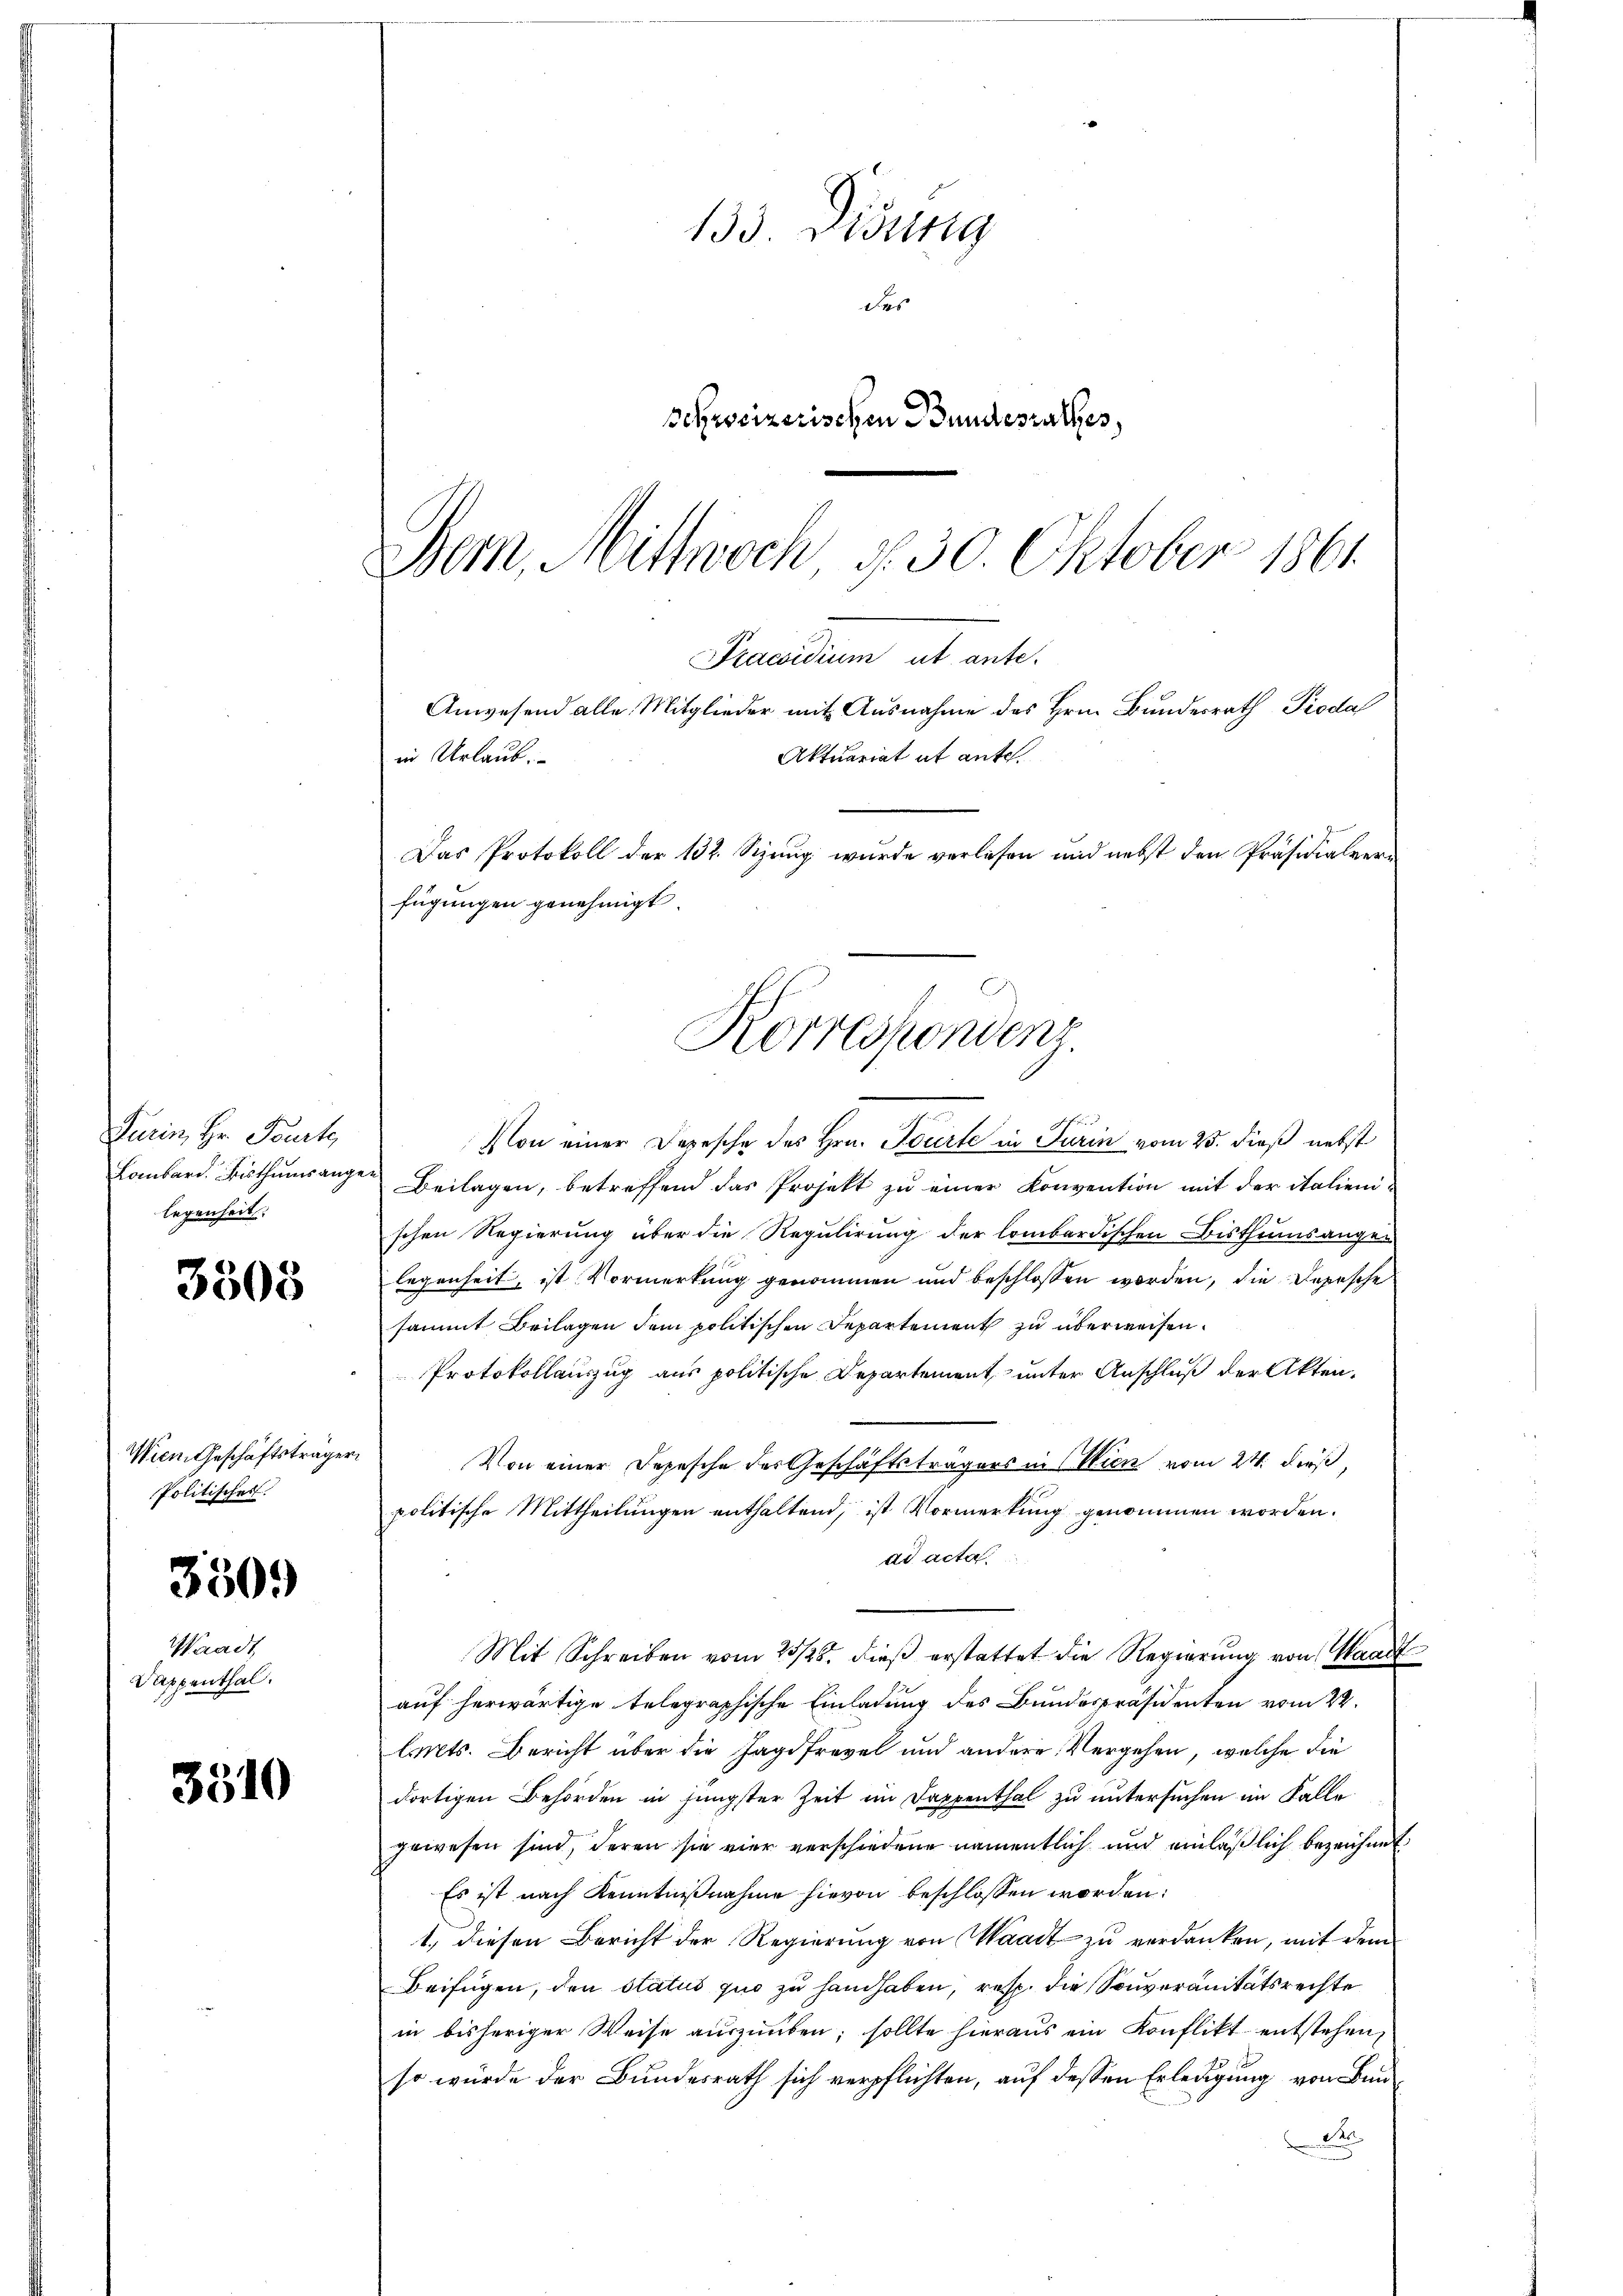
3505

Wien Geschäftsträger
Politisches.

3509

Waadt
Wappenthal.

3510

133. Disung
des
schweizerischen Bundesrathes,
Bern, Mittwoch, d. 30. Oktober 1861.

Praesidium ut ante.
Anwesend alle Mitglieder mit Ausnahme des Hrn. Bundesrath Pioda
in Urlaub.
Aktuariat ab ante.
Das Protokoll der 132. Sizung wurde verlesen und nebst den Präsidialverfügungen genehmigt.
Korrespondenz

Durin, Hr. Tourte
Lombard. Bisthumsangelegenheit.

Von einer Depesche des Hrn. Beierte in Turin vom 25. dieß nebst
Beilagen, betreffend das Projekt zu einer Konvention mit der italieni-
schen Regierung über die Regulirung der lombardischen Bisthumsangen
legenheit, ist Vormerkung genommen und beschlossen worden, die Depesche
sammt Beilagen dem politischen Departement zu überweisen.
Protokollauszug aus politische Departement, unter Anschluß der Akten.
Von einer Depesche des Geschäftsträgers in Wien vom 24. dieß
politische Mittheilungen enthaltend, ist Vormerkung genommen worden.
ad acta.
Mit Schreiben vom 23/25. dieß erstattet die Regierung von Waadt
auf herwärtige telegraphische Einladung des Bundespräsidenten vom 22.
Cts. Bericht über die Jagdfrevel und andere Vergehen, welche die
dortigen Behörden in jüngster Zeit im Dappenthal zu untersuchen im Falle
gewesen sind, deren sie vier verschiedene namentlich und einläßlich bezeichnet
Es ist nach Kenntnißnahme hievon beschlossen worden:
1.) diesen Bericht der Regierung von Waadt zu verdanken, mit dem
Beifügen, den status quo zu handhaben, resp. die Souveranitätsrechte
in bisheriger Weise auszuüben; sollte hieraus ein Konflikt entstehen,
so würde der Bundesrath sich verpflichten, auf dessen Erledigung von Buna